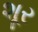
શૂર